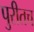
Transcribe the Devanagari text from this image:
पुरीतच